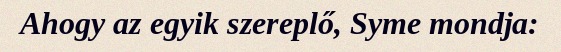
Ahogy az egyik szereplő, Syme mondja: